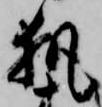
執